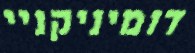
דומיניקניי